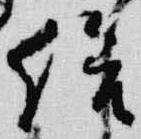
給